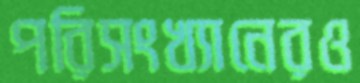
পরিসংখ্যানেরও